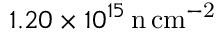
1 . 2 0 \times 1 0 ^ { 1 5 } \, \mathrm { n \, c m ^ { - 2 } }